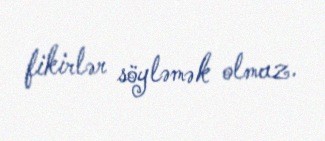
fikirlər söyləmək olmaz.